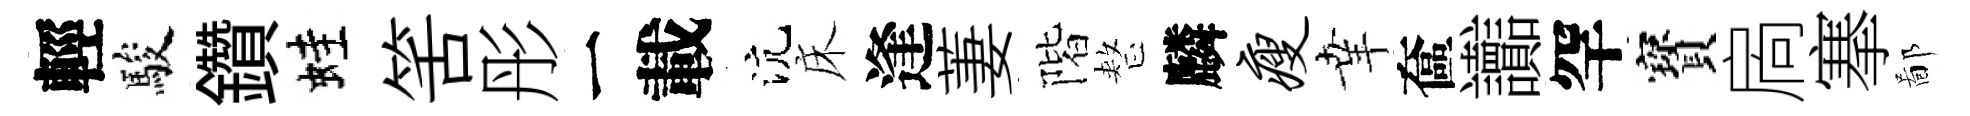
輕駿鑽蛙筈彤一載沆床逢萋階整麟瘦𦍒奩讟罕寳扄搴鄙